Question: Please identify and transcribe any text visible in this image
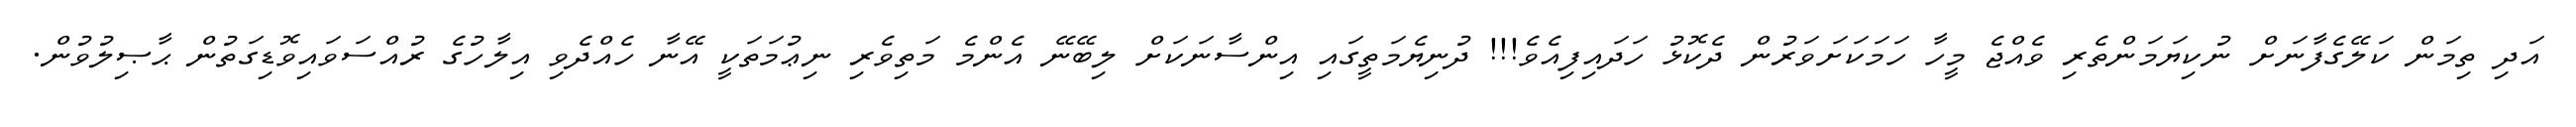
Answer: އަދި ތިމަން ކަލޭގެފާނަށް ނުކިޔަމަންތެރި ވެއްޖެ މީހާ ހަމަކަށަވަރުން ދެކޮޅު ހަދައިފިއެވެ!!! ދުނިޔެމަތީގައި އިންސާނަކަށް ލިބޭނޭ އެންމެ މަތިވެރި ނިޢުމަތަކީ އޭނާ ހެއްދެވި އިލާހުގެ ރުއްސަވައިވޮޑިގަތުން ޙާޞިލުވުން.